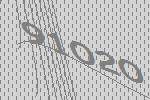
91020